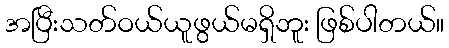
အပြီးသတ်ဝယ်ယူဖွယ်မရှိဘူး ဖြစ်ပါတယ်။